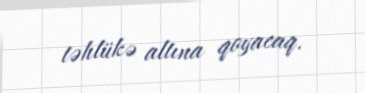
təhlükə altına qoyacaq.